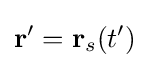
\mathbf {r} '=\mathbf {r} _{s}(t')